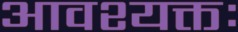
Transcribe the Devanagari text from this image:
आवश्यक्तः